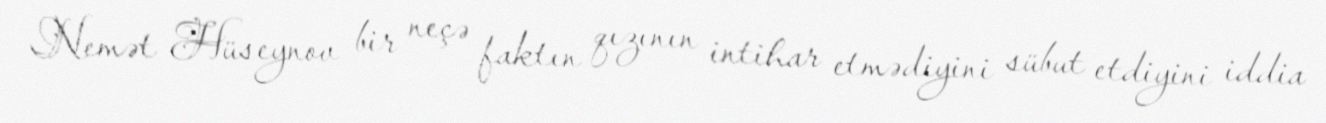
Nemət Hüseynov bir neçə faktın qızının intihar etmədiyini sübut etdiyini iddia